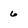
Character: 6